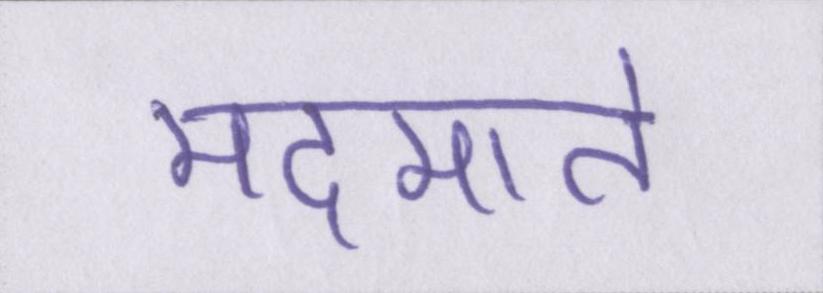
मदमाते